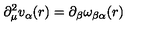
\partial _ { \mu } ^ { 2 } v _ { \alpha } ( r ) = \partial _ { \beta } \omega _ { \beta \alpha } ( r )